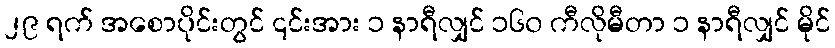
၂၉ ရက် အစောပိုင်းတွင် ၎င်းအား ၁ နာရီလျှင် ၁၆၀ ကီလိုမီတာ ၁ နာရီလျှင် မိုင်